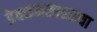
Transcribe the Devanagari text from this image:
डेक्कनसारख्या